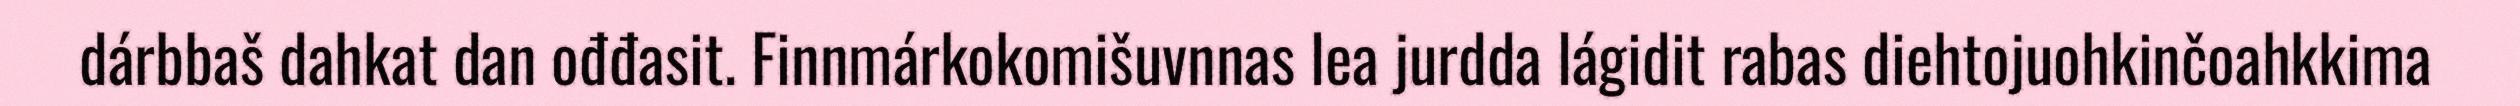
dárbbaš dahkat dan ođđasit. Finnmárkokomišuvnnas lea jurdda lágidit rabas diehtojuohkinčoahkkima